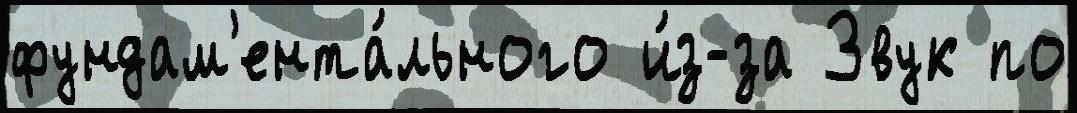
фундам'ента́льного и́з-за Звук по